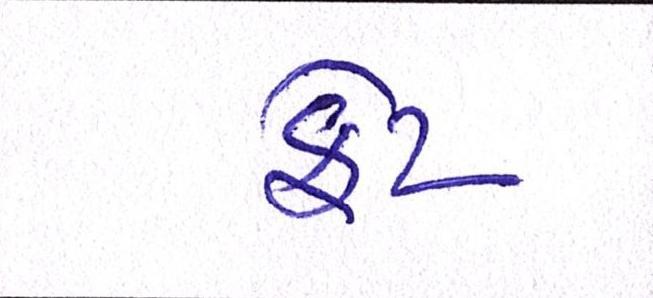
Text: ફેટ